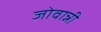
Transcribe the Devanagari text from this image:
जोवान्नी